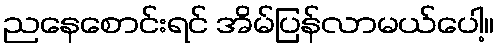
ညနေစောင်းရင် အိမ်ပြန်လာမယ်ပေါ့။